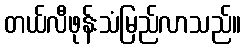
တယ်လီဖုန်းသံမြည်လာသည်။